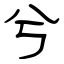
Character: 兮